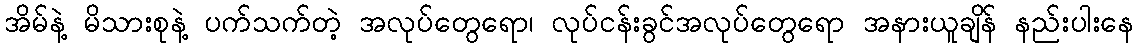
အိမ်နဲ့ မိသားစုနဲ့ ပက်သက်တဲ့ အလုပ်တွေရော၊ လုပ်ငန်းခွင်အလုပ်တွေရော အနားယူချိန် နည်းပါးနေ